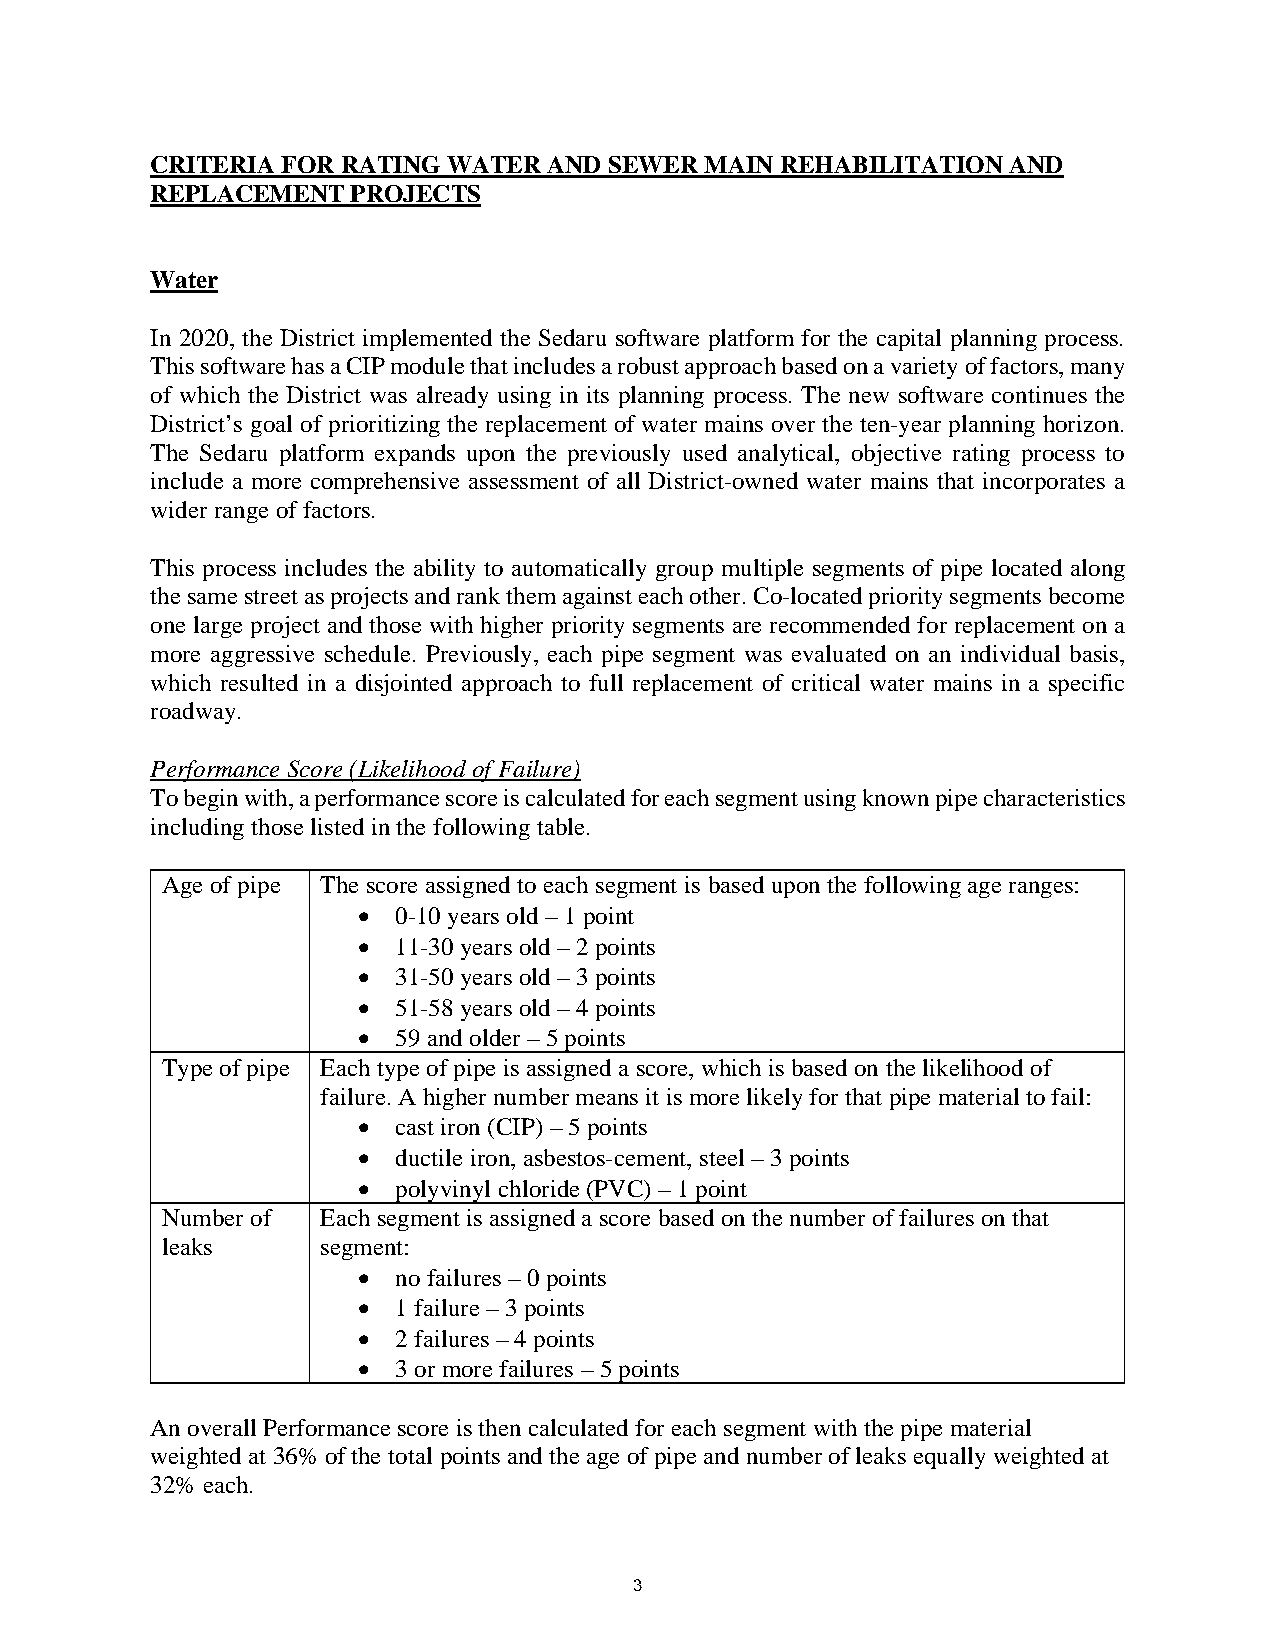
CRITERIA FOR RATING WATER AND SEWER  MAIN REHABILITATION AND
 REPLACEMENT  PROJECTS
 Water
 In 2020, the District implemented the Sedaru software platform for the capital planning process.
 This software has a CIP module that includes a robust approach based on a variety of factors, many
 of which the District was already using in its planning process. The new software continues the
 District’s goal of prioritizing the replacement of water mains over the ten-year planning horizon.
 The Sedaru platform expands upon the previously used analytical, objective rating process to
 include a more comprehensive assessment of all District-owned water mains that incorporates a
 wider range of factors.
 This process includes the ability to automatically group multiple segments of pipe located along
 the same street as projects and rank them against each other. Co-located priority segments become
 one large project and those with higher priority segments are recommended for replacement on a
 more aggressive schedule. Previously, each pipe segment was evaluated on an individual basis,
 which resulted in a disjointed approach to full replacement of critical water mains in a specific
 roadway.
 Performance Score (Likelihood of Failure)
 To begin with, a performance score is calculated for each segment using known pipe characteristics
 including those listed in the following table.
 Age of pipe The score assigned to each segment is based upon the following age ranges:
 • 0-10 years old – 1 point
 • 11-30 years old – 2 points
 • 31-50 years old – 3 points
 • 51-58 years old – 4 points
 • 59 and older – 5 points
 Type of pipe Each type of pipe is assigned a score, which is based on the likelihood of
 failure. A higher number means it is more likely for that pipe material to fail:
 • cast iron (CIP) – 5 points
 • ductile iron, asbestos-cement, steel – 3 points
 • polyvinyl chloride (PVC) – 1 point
 Number of Each segment is assigned a score based on the number of failures on that
 leaks     segment:
 • no failures – 0 points
 • 1 failure – 3 points
 • 2 failures – 4 points
 • 3 or more failures – 5 points
 An overall Performance score is then calculated for each segment with the pipe material
 weighted at 36% of the total points and the age of pipe and number of leaks equally weighted at
 32% each.
 3